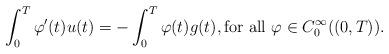
LaTeX: \begin{align*} \int_0^T \varphi'(t) u(t) = - \int_0^T \varphi(t)g(t), \textnormal{for all } \varphi \in C_0^\infty((0,T)). \end{align*}